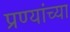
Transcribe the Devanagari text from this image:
प्रण्यांच्या